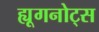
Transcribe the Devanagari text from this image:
ह्यूगनोट्स